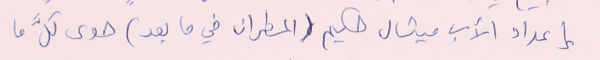
إعداد الأب ميشال حكيم (المطران في ما بعد) حوى كلَّ ما